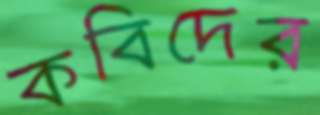
কবিদের